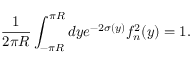
\frac { 1 } { 2 \pi R } \int _ { - \pi R } ^ { \pi R } d y e ^ { - 2 \sigma ( y ) } f _ { n } ^ { 2 } ( y ) = 1 .